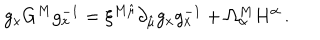
g _ { x } G ^ { M } g _ { x } ^ { - 1 } = \xi ^ { M \hat { \mu } } \partial _ { \hat { \mu } } g _ { x } g _ { x } ^ { - 1 } + \Omega _ { \alpha } ^ { M } H ^ { \alpha } \, .